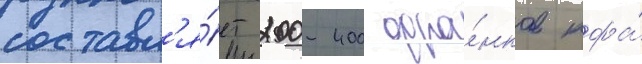
составл'я́ет 200-400 фра́нков кфа́